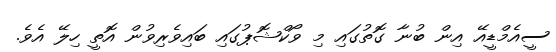
ސީއެމްޑީއޭ އިން ބުނާ ގޮތުގައި މި ވޯކްޝޮޕުގައި ބައިވެރިވުން އޮތީ ހިލޭ އެވެ.